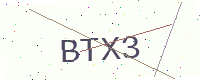
Text: BTX3